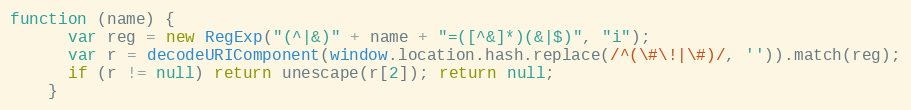
Language: JavaScript
function (name) {
      var reg = new RegExp("(^|&)" + name + "=([^&]*)(&|$)", "i");
      var r = decodeURIComponent(window.location.hash.replace(/^(\#\!|\#)/, '')).match(reg);
      if (r != null) return unescape(r[2]); return null;
    }